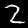
Digit: 2